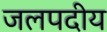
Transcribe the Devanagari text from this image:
जलपदीय